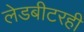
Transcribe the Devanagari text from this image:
लेडबीटरही